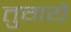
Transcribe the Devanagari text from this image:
तुगये